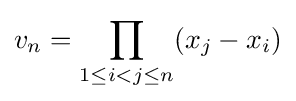
v_{n}=\prod _{1\leq i<j\leq n}(x_{j}-x_{i})